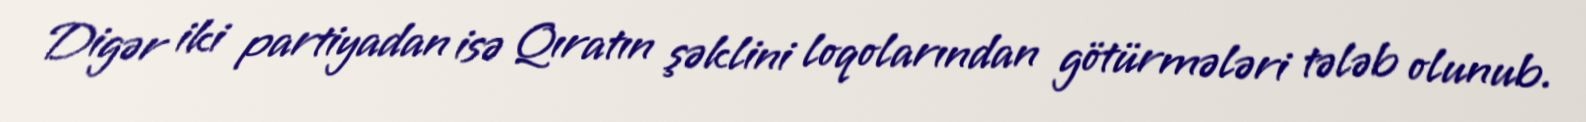
Digər iki partiyadan isə Qıratın şəklini loqolarından götürmələri tələb olunub.